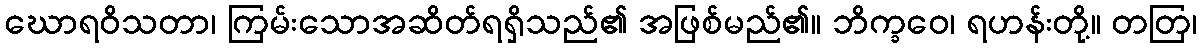
ဃောရဝိသတာ၊ ကြမ်းသောအဆိတ်ရရှိသည်၏ အဖြစ်မည်၏။ ဘိက္ခဝေ၊ ရဟန်းတို့။ တတြ၊